画像に写った文字を読んでください
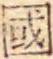
「國」と書いてあります